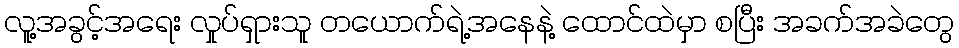
လူ့အခွင့်အရေး လှုပ်ရှားသူ တယောက်ရဲ့အနေနဲ့ ထောင်ထဲမှာ စပြီး အခက်အခဲတွေ